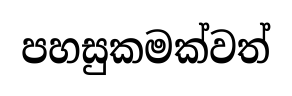
පහසුකමක්වත්